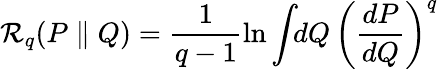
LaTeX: \mathcal{R}_{q}(P\parallel Q)=\frac{1}{q-1}\ln\int\! \! dQ\, \left(\frac{dP}{dQ}\right)^{q}